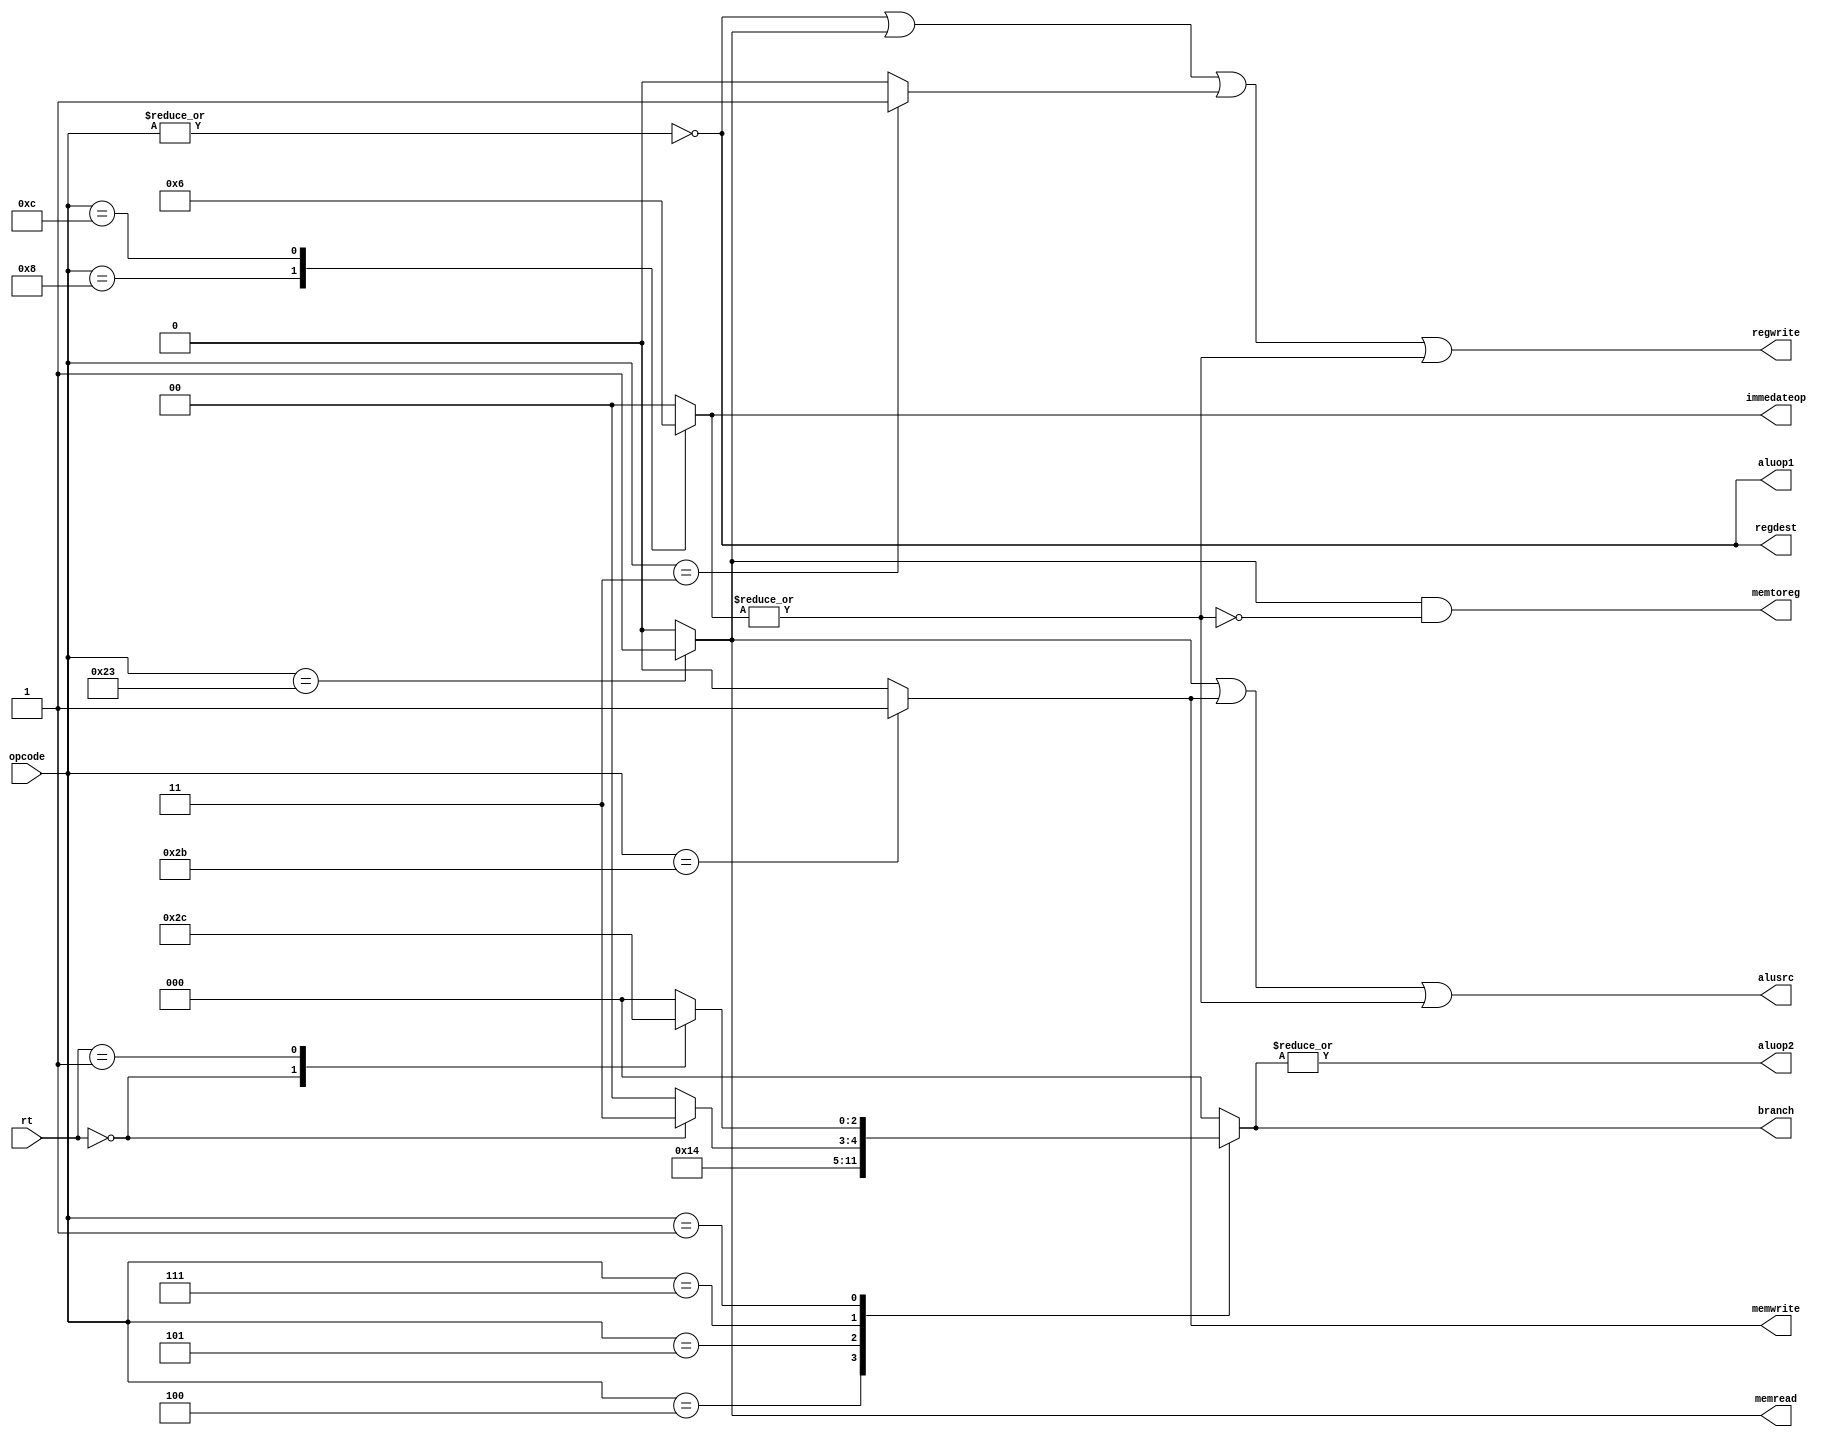
module control(opcode, rt, regdest, alusrc, memtoreg, regwrite, memread, memwrite, branch, aluop1, aluop2, immedateop);
input [5:0] opcode;
input [4:0] rt;
output regdest, alusrc, memtoreg, regwrite, memread, memwrite, aluop1, aluop2;
output reg [2:0] branch;
output reg [1:0] immedateop;

wire rtype, isimmedate;
reg lw,sw,beq,isjal;

always @(opcode or rt)
begin
lw = 0;
sw = 0;
branch = 3'b000;
immedateop = 2'b00;
isjal = 0;

// beq 000100, bne 000101, bgez 000001, bgtz 000111, bltz

// addi 001000, andi 001101
// jr nor 
// jal 000011, j 000010

case(opcode)
	6'b000100: branch = 3'b001; // beq 
	6'b000101: branch = 3'b010; // bne 
	6'b000111: case(rt)
			5'b00000: branch = 3'b011; // bgtz
	   	   endcase
	6'b000001: case(rt)
			5'b00000: branch = 3'b101; // bltz
			5'b00001: branch = 3'b100; // bgez
	   	   endcase
	6'b001000: immedateop = 2'b01; // addi
	6'b001100: immedateop = 2'b10; // andi
	6'b100011: lw = 1;
	6'b101011: sw = 1;
	6'b000011: isjal = 1;
endcase
end

assign isimmedate = |immedateop;

assign rtype = ~|opcode;
assign regdest = rtype;
assign alusrc = lw|sw|isimmedate;
assign memtoreg = lw & ~isimmedate;
assign regwrite = rtype|lw|isjal|isimmedate;
assign memread = lw;
assign memwrite = sw;
assign aluop1 = rtype;
assign aluop2 = |branch;

endmodule